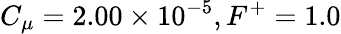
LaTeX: C_{\mu}=2.00\times 10^{-5},F^{+}=1.0